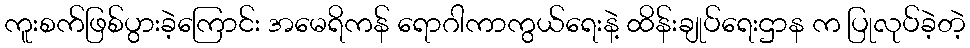
ကူးစက်ဖြစ်ပွားခဲ့ကြောင်း အမေရိကန် ရောဂါကာကွယ်ရေးနဲ့ ထိန်းချုပ်ရေးဌာန က ပြုလုပ်ခဲ့တဲ့